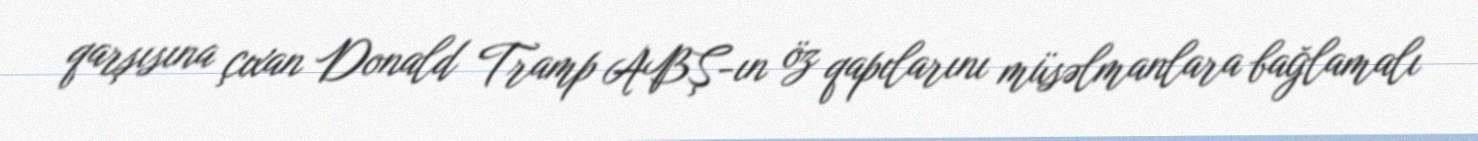
qarşısına çıxan Donald Tramp ABŞ-ın öz qapılarını müsəlmanlara bağlamalı